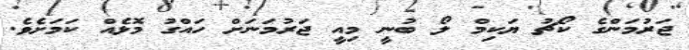
ޖަރުމަންގެ ކޯޗު ޔަކިމް ލޯ ބުނީ މިއީ ޖަރުމަނަށް ހައްގު މޮޅެއް ކަމަށެވެ.